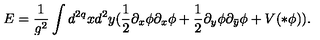
E = \frac { 1 } { g ^ { 2 } } \int d ^ { 2 q } x d ^ { 2 } y ( \frac { 1 } { 2 } \partial _ { x } \phi \partial _ { x } \phi + \frac { 1 } { 2 } \partial _ { y } \phi \partial _ { \bar { y } } \phi + V ( * \phi ) ) .